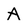
Character: A